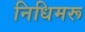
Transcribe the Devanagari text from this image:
निधिमरू